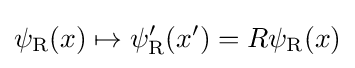
\psi _{\rm {R}}(x)\mapsto \psi _{\rm {R}}^{\prime }(x^{\prime })=R\psi _{\rm {R}}(x)